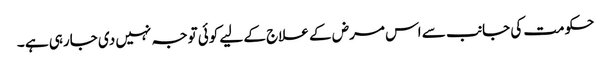
حکومت کی جانب سے اس مرض کے علاج کے لیے کوئی توجہ نہیں دی جارہی ہے ۔